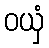
ဝယှံ